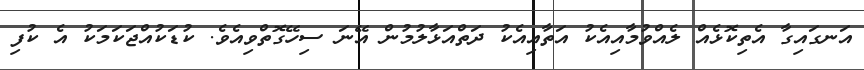
އަނގައިގާ އެތިކޮޅެއް ލެއްވުމާއިއެކު އަތާއިއެކު ދަތްއަޅާލުމުން އޭނަ ސިހޭގޮތްވިއެވެ. ކުޑަކުއްޖަކަމަކު އެ ކުފި